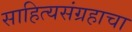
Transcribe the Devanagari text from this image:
साहित्यसंग्रहाचा